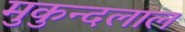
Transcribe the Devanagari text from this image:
मुकुन्दलाल